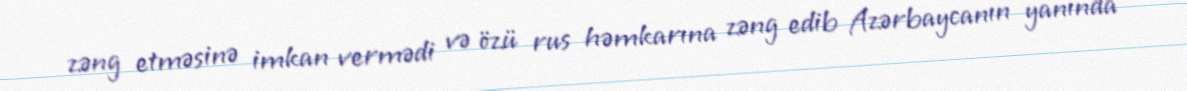
zəng etməsinə imkan vermədi və özü rus həmkarına zəng edib Azərbaycanın yanında